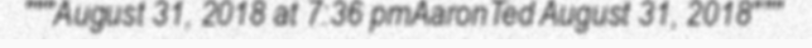
"""August 31, 2018 at 7:36 pmAaronTed August 31, 2018"""